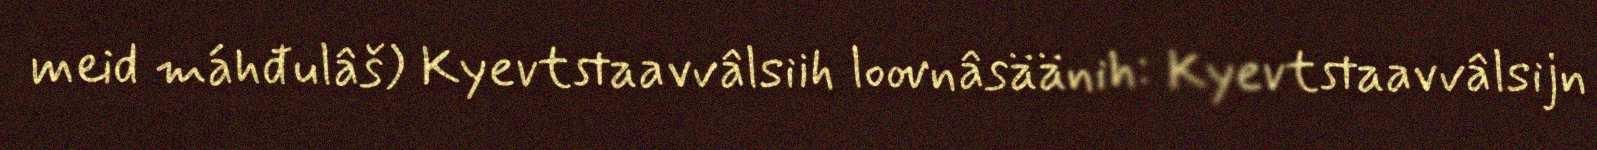
meid máhđulâš) Kyevtstaavvâlsiih loovnâsäänih: Kyevtstaavvâlsijn